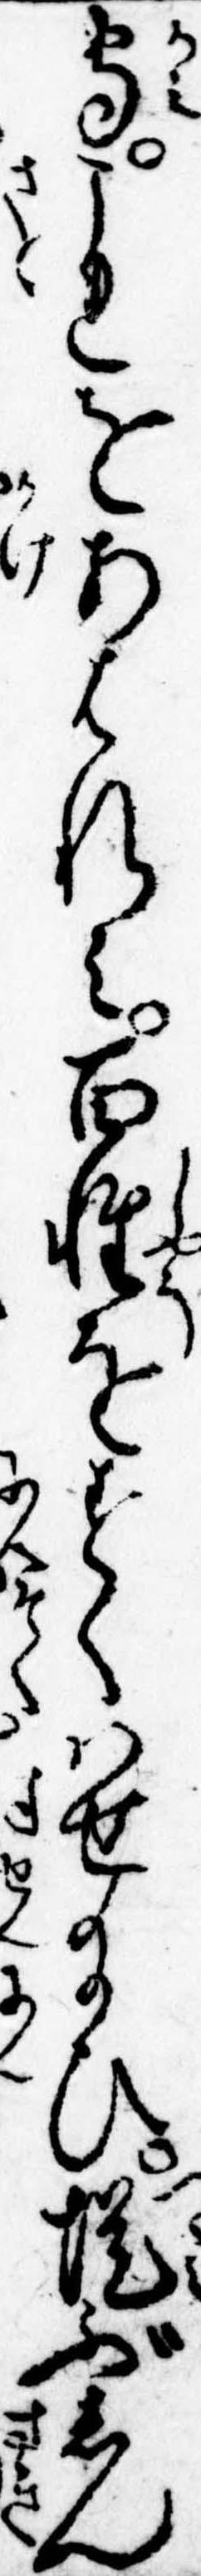
守これをあはれみ百姓をすくはせ給ひ堤ぶしん